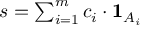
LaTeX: \textstyle s = \sum _ { i = 1 } ^ { m } c _ { i } \cdot { \mathbf { 1 } } _ { A _ { i } }